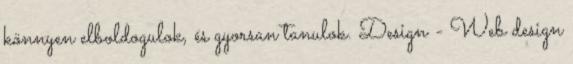
könnyen elboldogulok, és gyorsan tanulok. Design - Web design